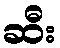
ဆီး